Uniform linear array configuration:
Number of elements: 12
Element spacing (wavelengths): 1
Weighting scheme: exponential
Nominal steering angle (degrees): -60
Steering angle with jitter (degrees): -59.977
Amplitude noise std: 0.05
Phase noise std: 0.05

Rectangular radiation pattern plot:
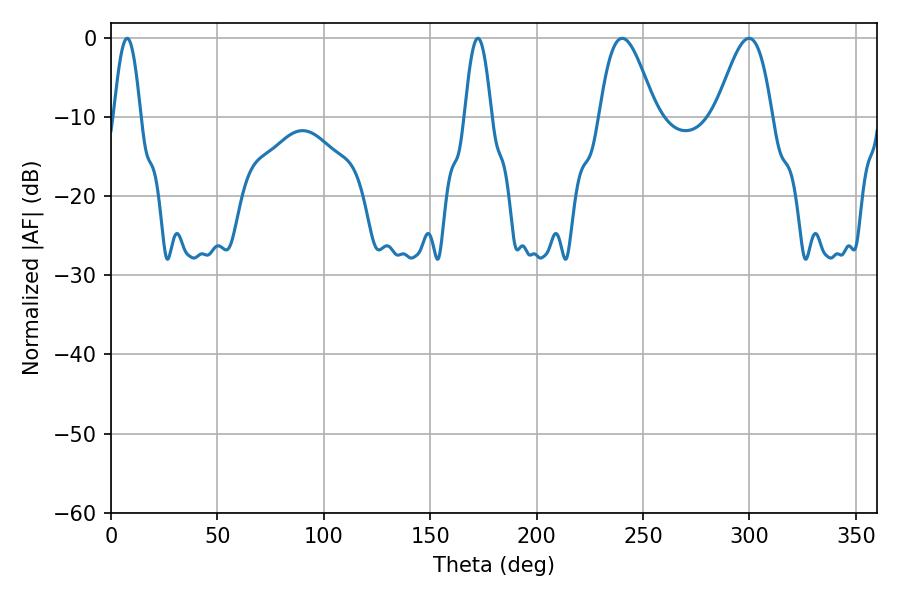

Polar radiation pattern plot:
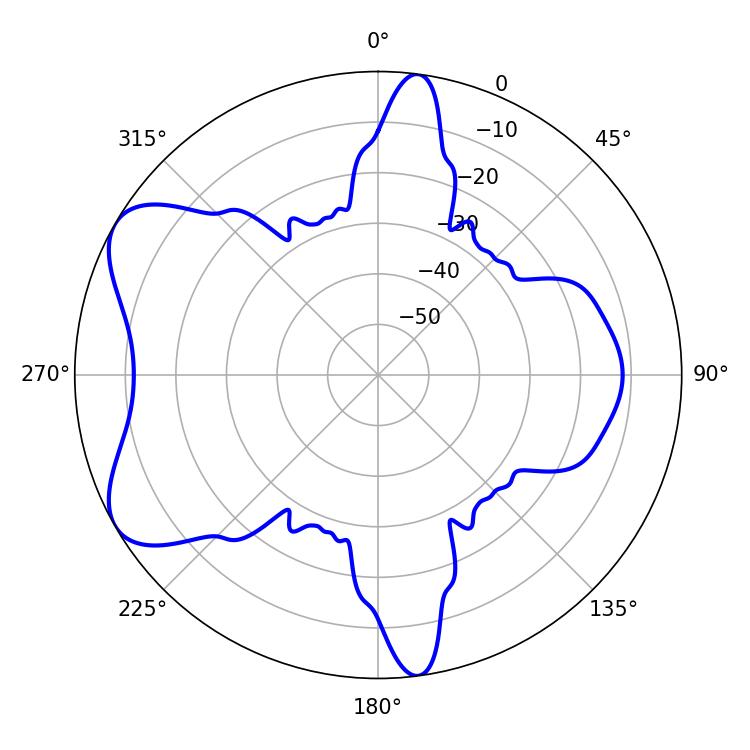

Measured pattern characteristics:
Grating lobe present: TRUE
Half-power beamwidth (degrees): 6.84
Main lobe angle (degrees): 7.56